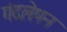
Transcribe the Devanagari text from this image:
गंदलेपन